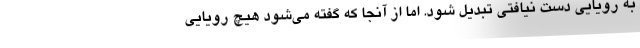
به رویایی دست نیافتی تبدیل شود. اما از آنجا که گفته می‌شود هیچ رویایی